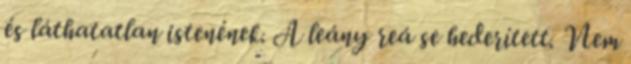
és láthatatlan istenének. A leány reá se hederített. Nem